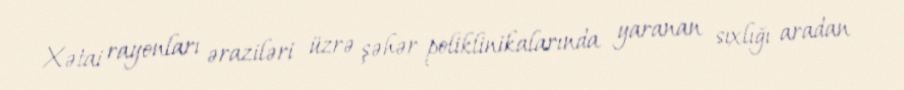
Xətai rayonları əraziləri üzrə şəhər poliklinikalarında yaranan sıxlığı aradan